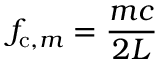
f _ { \mathrm { c } , m } = \frac { m c } { 2 L }